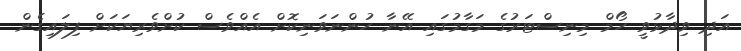
އަދި ވިދާޅުވީ ހޯމް މިނިސްޓަރުގެ މަގާމުގައި އޭނާ ހުންނަވަނިކޮށް އެއްވެސް ކުށްވެރިޔަކަށް ފިލައިގެން